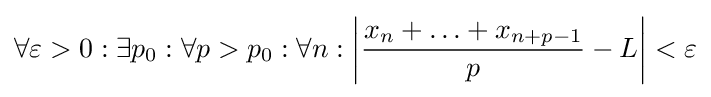
\forall \varepsilon >0:\exists p_{0}:\forall p>p_{0}:\forall n:\left|{\frac {x_{n}+\ldots +x_{n+p-1}}{p}}-L\right|<\varepsilon